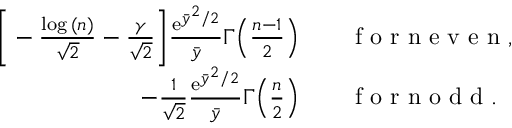
\begin{array} { r l } { \bigg [ - \frac { \log { ( n ) } } { \sqrt { 2 } } - \frac { \gamma } { \sqrt { 2 } } \bigg ] \frac { \mathrm { e } ^ { \bar { y } ^ { 2 } / 2 } } { \bar { y } } \Gamma \Big ( \frac { n - 1 } { 2 } \Big ) } & { { } \quad \mathrm { ~ f ~ o ~ r ~ n ~ e ~ v ~ e ~ n ~ } , } \\ { - \frac { 1 } { \sqrt { 2 } } \frac { \mathrm { e } ^ { \bar { y } ^ { 2 } / 2 } } { \bar { y } } \Gamma \Big ( \frac { n } { 2 } \Big ) } & { { } \quad \mathrm { ~ f ~ o ~ r ~ n ~ o ~ d ~ d ~ } . } \end{array}